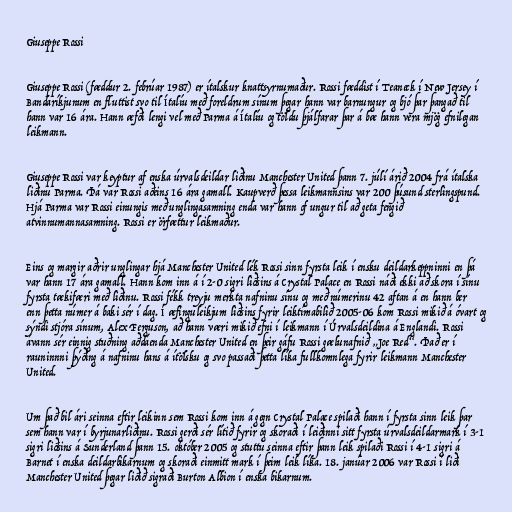
Giuseppe Rossi

Giuseppe Rossi (fæddur 2. febrúar 1987) er ítalskur knattsyrnumaður. Rossi fæddist í Teaneck í New Jersey í
Bandaríkjunum en fluttist svo til Ítalíu með foreldrum sínum þegar hann var barnungur og bjó þar þangað til
hann var 16 ára. Hann æfði lengi vel með Parma á Ítalíu og töldu þjálfarar þar á bæ hann vera mjög efnilegan
leikmann.

Giuseppe Rossi var keyptur af enska úrvalsdeildar liðinu Manchester United þann 7. júlí árið 2004 frá ítalska
liðinu Parma. Þá var Rossi aðeins 16 ára gamall. Kaupverð þessa leikmannsins var 200 þúsund sterlingspund.
Hjá Parma var Rossi einungis með unglingasamning enda var hann of ungur til að geta fengið
atvinnumannasamning. Rossi er örfættur leikmaður.

Eins og margir aðrir unglingar hjá Manchester United lék Rossi sinn fyrsta leik í ensku deildarkeppninni en þá
var hann 17 ára gamall. Hann kom inn á í 2-0 sigri liðsins á Crystal Palace en Rossi náði ekki að skora í sínu
fyrsta tækifæri með liðinu. Rossi fékk treyju merkta nafninu sínu og með númerinu 42 aftan á en hann ber
enn þetta númer á baki sér í dag. Í æfinguleikjum liðsins fyrir leiktímabilið 2005-06 kom Rossi mikið á óvart og
sýndi stjóra sínum, Alex Ferguson, að hann væri mikið efni í leikmann í Úrvalsdeildina á Englandi. Rossi
ávann sér einnig stuðning aðdáenda Manchester United en þeir gáfu Rossi gælunafnið „Joe Red“. Það er í
rauninnni þýðing á nafninu hans á ítölsku og svo passaði þetta líka fullkomnlega fyrir leikmann Manchester
United.

Um það bil ári seinna eftir leikinn sem Rossi kom inn á gegn Crystal Palace spilaði hann í fyrsta sinn leik þar
sem hann var í byrjunarliðinu. Rossi gerði sér lítið fyrir og skoraði í leiðinni sitt fyrsta úrvalsdeildarmark í 3-1
sigri liðsins á Sunderland þann 15. október 2005 og stuttu seinna eftir þann leik spilaði Rossi í 4-1 sigri á
Barnet í enska deildarbikarnum og skoraði einmitt mark í þeim leik líka. 18. janúar 2006 var Rossi í liði
Manchester United þegar liðið sigraði Burton Albion í enska bikarnum.